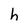
Character: h